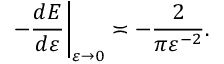
\left. - \frac { d { E } } { d { \varepsilon } } \right| _ { \varepsilon \to 0 } \asymp - \frac { 2 } { \pi \varepsilon ^ { - 2 } } .